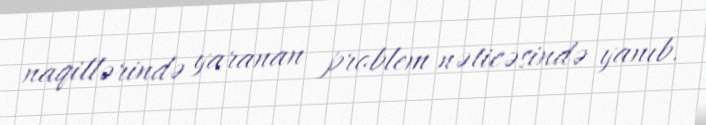
naqillərində yaranan problem nəticəsində yanıb.